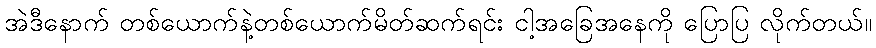
အဲဒီနောက် တစ်ယောက်နဲ့တစ်ယောက်မိတ်ဆက်ရင်း ငါ့အခြေအနေကို ပြောပြ လိုက်တယ်။